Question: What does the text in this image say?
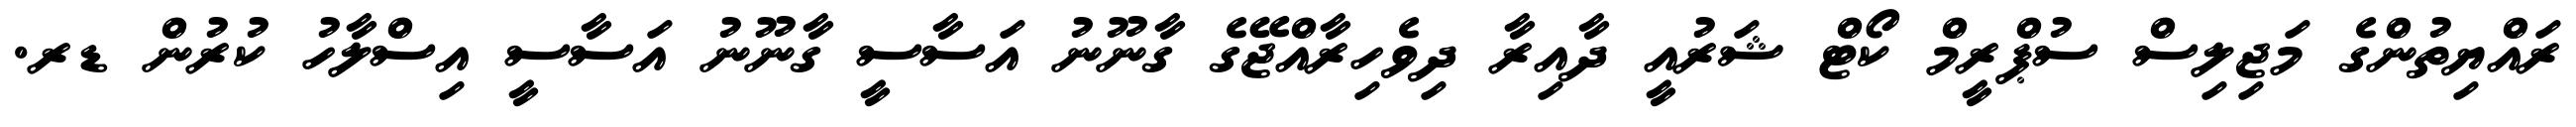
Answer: ރައްޔިތުންގެ މަޖިލިސް ސުޕްރީމް ކޯޓް ޝަރުއީ ދާއިރާ ދިވެހިރާއްޖޭގެ ގާނޫނު އަސާސީ ގާނޫނު އަސާސީ އިސްލާހު ކުރުން ޑރ.